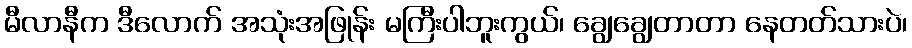
မီလာနီက ဒီလောက် အသုံးအဖြုန်း မကြီးပါဘူးကွယ်၊ ချွေချွေတာတာ နေတတ်သားပဲ၊